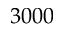
3 0 0 0